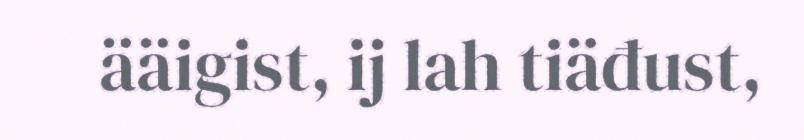
ääigist, ij lah tiäđust,